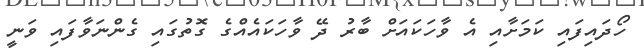
ހޯދައިފައި ކަމަށާއި އެ ވާހަކައަށް ބާރު ދޭ ވާހަކައެއްގެ ގޮތުގައި ގެންނަވާފައި ވަނީ